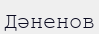
Дәненов